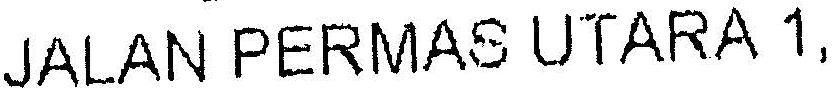
JALAN PERMAS UTARA 1,